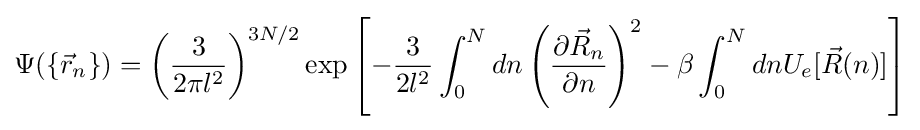
\Psi (\left\{{\vec {r}}_{n}\right\})=\left({\frac {3}{2\pi l^{2}}}\right)^{3N/2}\exp \left[-{\frac {3}{2l^{2}}}\int _{0}^{N}dn\left({\frac {\partial {\vec {R}}_{n}}{\partial n}}\right)^{2}-\beta \int _{0}^{N}dnU_{e}[{\vec {R}}(n)]\right]